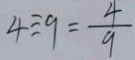
4 \div 9 = \frac { 4 } { 9 }